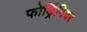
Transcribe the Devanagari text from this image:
फोर्ड्रिनियर